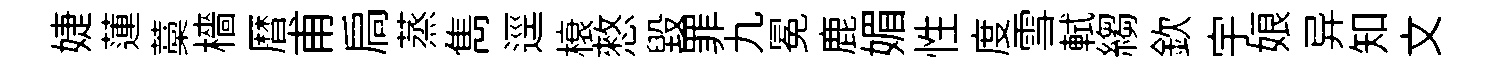
婕蓮藁檣暦甫扃蒸雋逕榱憗毁罪九冕鹿媚性度雪軾縐欽宇娘异知文